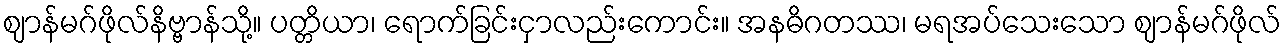
ဈာန်မဂ်ဖိုလ်နိဗ္ဗာန်သို့။ ပတ္တိယာ၊ ရောက်ခြင်းငှာလည်းကောင်း။ အနဓိဂတဿ၊ မရအပ်သေးသော ဈာန်မဂ်ဖိုလ်